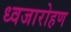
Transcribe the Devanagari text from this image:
ध्‍वजारोहण